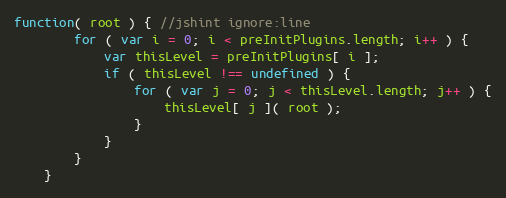
Language: JavaScript
function( root ) { //jshint ignore:line
        for ( var i = 0; i < preInitPlugins.length; i++ ) {
            var thisLevel = preInitPlugins[ i ];
            if ( thisLevel !== undefined ) {
                for ( var j = 0; j < thisLevel.length; j++ ) {
                    thisLevel[ j ]( root );
                }
            }
        }
    }